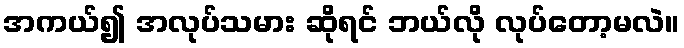
အကယ်၍ အလုပ်သမား ဆိုရင် ဘယ်လို လုပ်တော့မလဲ။